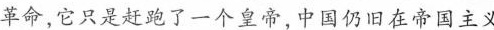
革命，它只是赶跑了一个皇帝，中国仍旧在帝国主义